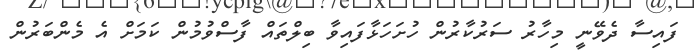
ފައިސާ ދެވޭނީ މިހާރު ސަރުކާރުން ހުށަހަޅާފައިވާ ބިލްތައް ފާސްވުމުން ކަމަށް އެ މެންބަރުން